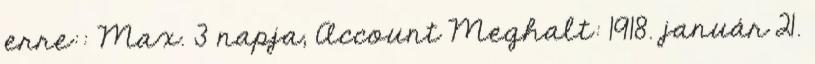
erre:: Max. 3 napja, Account Meghalt: 1918. január 21.